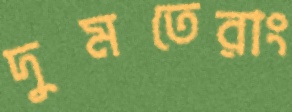
দুমতেরাং